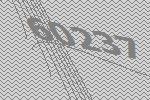
60237